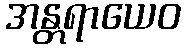
အန္တရာယေဝ